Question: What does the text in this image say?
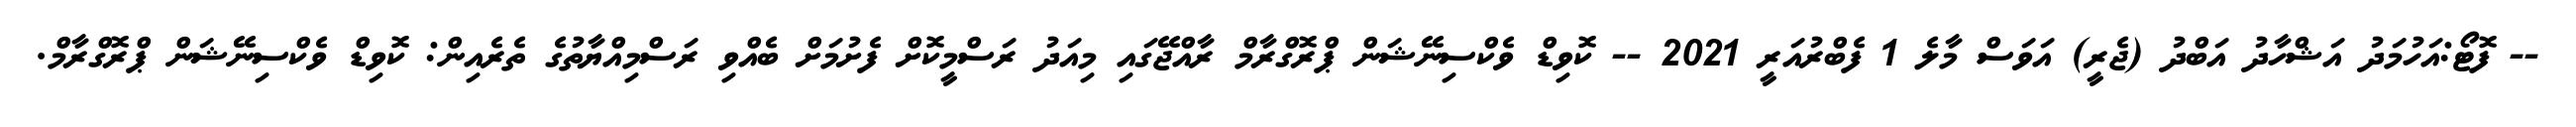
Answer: -- ފޮޓޯ:އަހުމަދު އަޝްހާދު އަބްދު (ޖެރީ) އަވަސް މާލެ 1 ފެބްރުއަރީ 2021 -- ކޮވިޑް ވެކްސިނޭޝަން ޕްރޮގްރާމް ރާއްޖޭގައި މިއަދު ރަސްމީކޮށް ފެށުމަށް ބެއްވި ރަސްމިއްޔާތުގެ ތެރެއިން: ކޮވިޑް ވެކްސިނޭޝަން ޕްރޮގްރާމް.